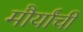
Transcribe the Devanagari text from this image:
मौर्यांची